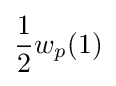
{\frac {1}{2}}w_{p}(1)